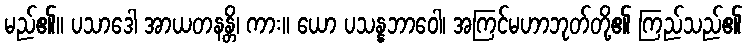
မည်၏။ ပသာဒေါ အာယတနန္တိ၊ ကား။ ယော ပသန္နဘာဝေါ၊ အကြင်မဟာဘုတ်တို့၏ ကြည်သည်၏